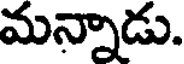
మన్నాడు.